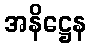
အနိဋ္ဌေန